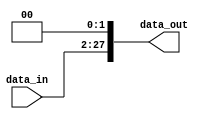
module Shift_left_two1(data_out, data_in);

input 	[25:0] data_in;
output	[27:0] data_out;

assign  	data_out = {data_in,2'b00} ;
endmodule